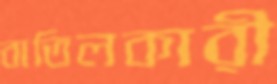
বাতিলকারী